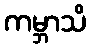
ကမ္ဘာသိ